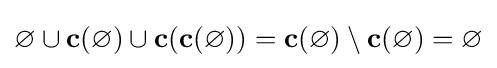
\varnothing \cup \mathbf {c} (\varnothing )\cup \mathbf {c} (\mathbf {c} (\varnothing ))=\mathbf {c} (\varnothing )\setminus \mathbf {c} (\varnothing )=\varnothing